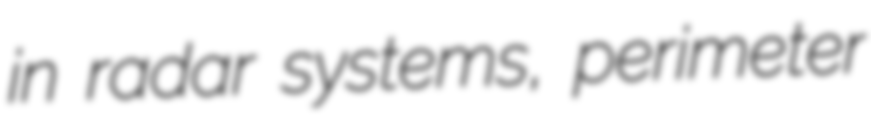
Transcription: in radar systems, perimeter